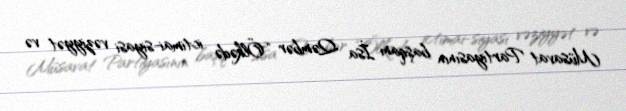
Müsavat Partiyasının başqanı İsa Qəmbər “Ölkədə ictimai-siyasi vəziyyət və